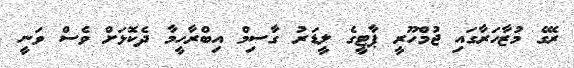
ރޭގެ މުޒާހަރާގައި ޖުމްހޫރީ ޕާޓީގެ ލީޑަރު ގާސިމް އިބްރާހީމާ ދެކޮޅަށް ވެސް ވަނީ